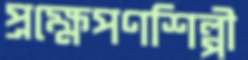
প্রক্ষেপণশিল্পী